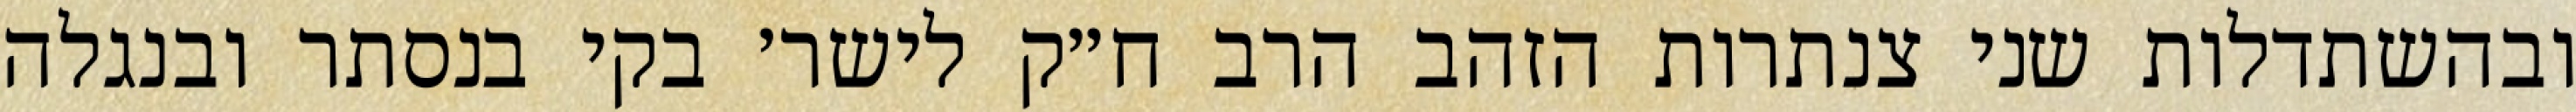
ובהשתדלות שני צנתרות הזהב הרב ח״ק לישר׳ בקי בנסתר ובנגלה